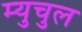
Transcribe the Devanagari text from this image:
म्युचुल